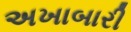
અખાબારી